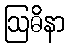
ဩဓိနာ